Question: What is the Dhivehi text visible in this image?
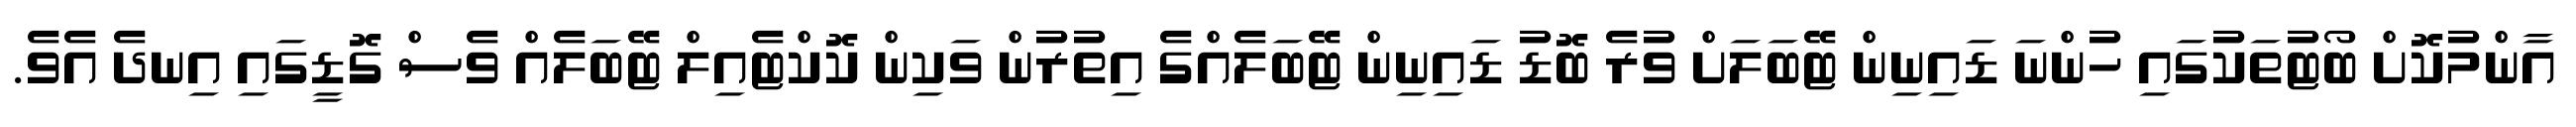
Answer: އާންމުކޮށް ބޯޓުތަކުގައި ހުންނަ ޑައިނިން ޓޭބަލަށް ވުރެ ބޮޑު ޑައިނިން ޓޭބަލެއްގެ އިތުރުން ވަކިން ކޮކްޓެއިލް ޓޭބަލެއް ވެސް ގޮޑީގައި އިނދެ އެވެ.